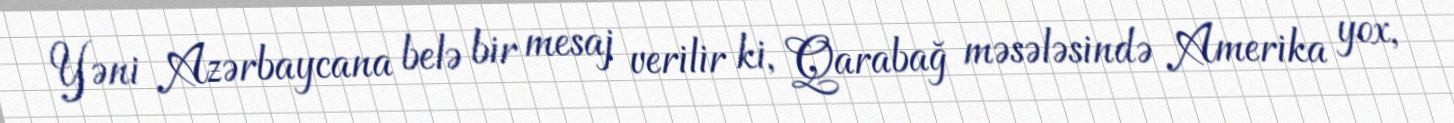
Yəni Azərbaycana belə bir mesaj verilir ki, Qarabağ məsələsində Amerika yox,